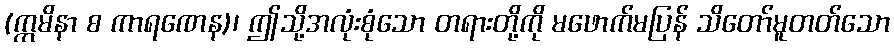
(ဣမိနာ စ ကာရဏေန)၊ ဤသို့အလုံးစုံသော တရားတို့ကို မဖောက်မပြန် သိတော်မူတတ်သော